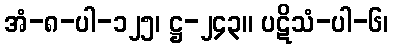
အံ-၈-ပါ-၁၂၅၊ ဋ္ဌ-၂၄၃။ ပဋိသံ-ပါ-၆၊